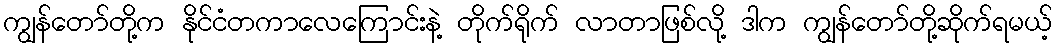
ကျွန်တော်တို့က နိုင်ငံတကာလေကြောင်းနဲ့ တိုက်ရိုက် လာတာဖြစ်လို့ ဒါက ကျွန်တော်တို့ဆိုက်ရမယ့်